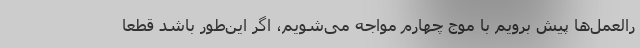
رالعمل‌ها پیش برویم با موج چهارم مواجه می‌شویم، اگر این‌طور باشد قطعا